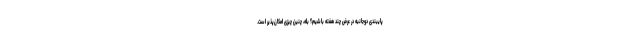
پایبندی دوجانبه در عرض چند هفته باشیم؟ بله، چنین چیزی امکان‌پذیر است.